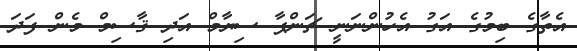
އެތާގެ ބިމުގެ އަގު އެހުންނަނީ ޗަންޕާ ސިޔާމް އަދި ޤާސިމް މެން ފަދަ